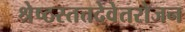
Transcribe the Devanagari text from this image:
श्रेष्ठस्तत्तदेवेतरोजन